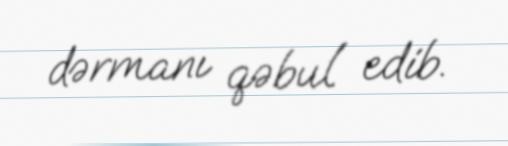
dərmanı qəbul edib.